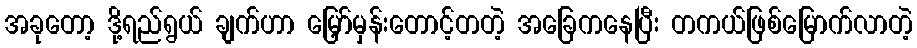
အခုတော့ ဒို့ရည်ရွယ် ချက်ဟာ မြှော်မှန်းတောင့်တတဲ့ အခြေကနေပြီး တကယ်ဖြစ်မြောက်လာတဲ့